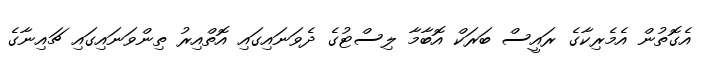
އެގޮތުން އެމެރިކާގެ ރައީސް ބަރަކް އޮބާމާ ލިސްޓުގެ ދެވަނައިގައި އޮތްއިރު ތިންވަނައިގައި ޗައިނާގެ